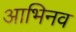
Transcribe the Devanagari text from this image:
आभिनव